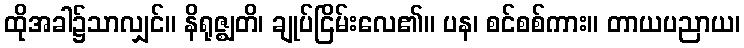
ထိုအခါ၌သာလျှင်။ နိရုဇ္ဈတိ၊ ချုပ်ငြိမ်းလေ၏။ ပန၊ စင်စစ်ကား။ တာယပညာယ၊